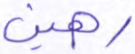
رهين